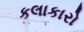
કલાકારો